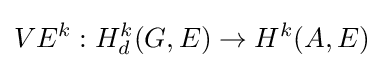
VE^{k}:H_{d}^{k}(G,E)\to H^{k}(A,E)